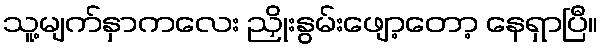
သူ့မျက်နှာကလေး ညှိုးနွမ်းဖျော့တော့ နေရှာပြီ။